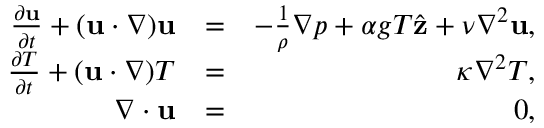
\begin{array} { r l r } { \frac { \partial { \bf u } } { \partial t } + ( { \bf u } \cdot \nabla ) { \bf u } } & { = } & { - \frac { 1 } { \rho } \nabla p + \alpha g T \hat { \bf z } + \nu \nabla ^ { 2 } { \bf u } , } \\ { \frac { \partial T } { \partial t } + ( { \bf u } \cdot \nabla ) T } & { = } & { \kappa \nabla ^ { 2 } T , } \\ { \nabla \cdot { \bf u } } & { = } & { 0 , } \end{array}